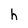
Character: h